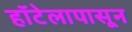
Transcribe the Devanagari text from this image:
हॉटेलापासून